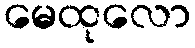
မေထုလော